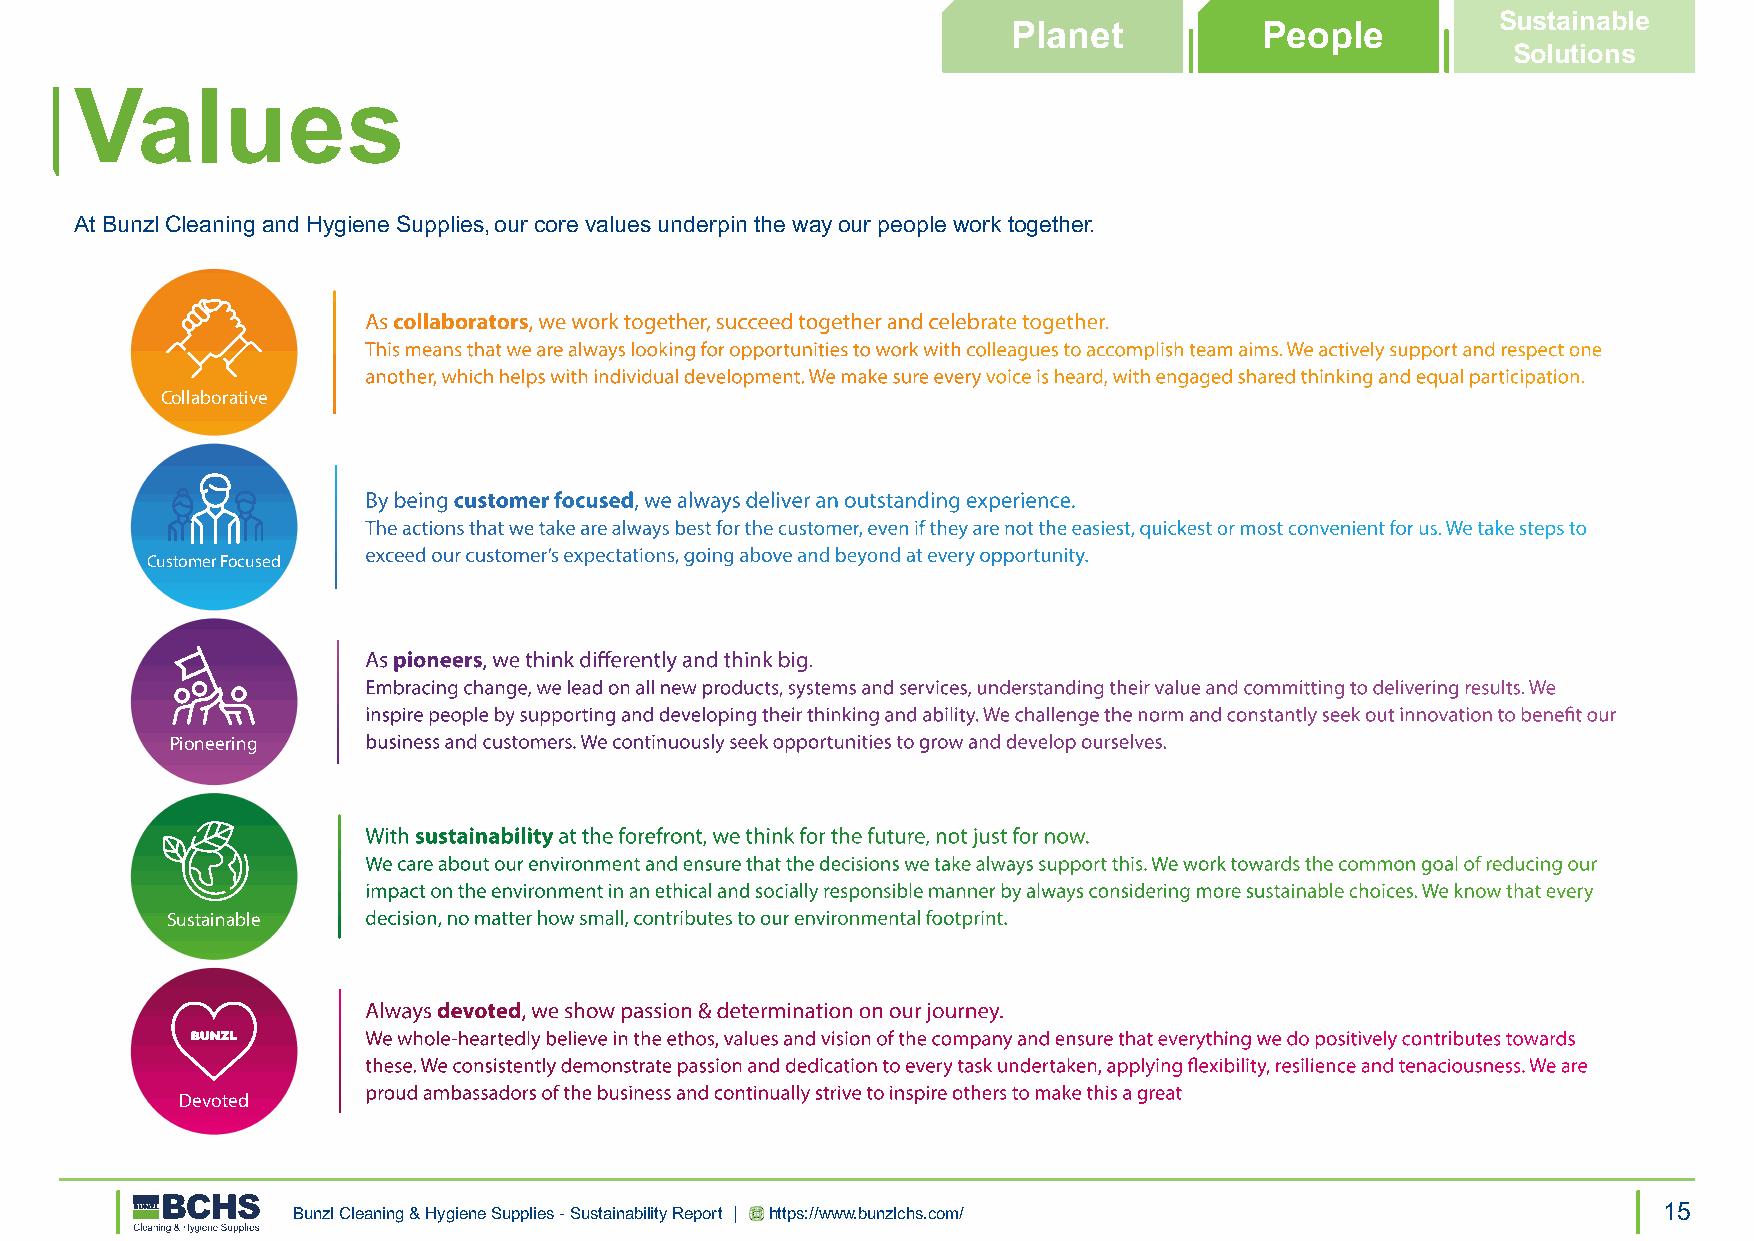
Sustainable
 Planet           People
 Solutions
 Values
 At Bunzl Cleaning and Hygiene Supplies, our core values underpin the way our people work together.
 As collaborators, we work together, succeed together and celebrate together.
 This means that we are always looking for opportunities to work with colleagues to accomplish team aims. We actively support and respect one
 another, which helps with individual development. We make sure every voice is heard, with engaged shared thinking and equal participation.
 Collaborative
 By being customer focused, we always deliver an outstanding experience.
 The actions that we take are always best for the customer, even if they are not the easiest, quickest or most convenient for us. We take steps to
 exceed our customer’s expectations, going above and beyond at every opportunity.
 Customer Focused
 As pioneers, we think differently and think big.
 Embracing change, we lead on all new products, systems and services, understanding their value and committing to delivering results. We
 inspire people by supporting and developing their thinking and ability. We challenge the norm and constantly seek out innovation to benefit our
 Pioneering   business and customers. We continuously seek opportunities to grow and develop ourselves.
 With sustainability at the forefront, we think for the future, not just for now.
 We care about our environment and ensure that the decisions we take always support this. We work towards the common goal of reducing our
 impact on the environment in an ethical and socially responsible manner by always considering more sustainable choices. We know that every
 Sustainable  decision, no matter how small, contributes to our environmental footprint.
 Always devoted, we show passion & determination on our journey.
 We whole-heartedly believe in the ethos, values and vision of the company and ensure that everything we do positively contributes towards
 these. We consistently demonstrate passion and dedication to every task undertaken, applying flexibility, resilience and tenaciousness. We are
 proud ambassadors of the business and continually strive to inspire others to make this a great
 Devoted
 Bunzl Cleaning & Hygiene Supplies - Sustainability Report | https://www.bunzlchs.com/      15